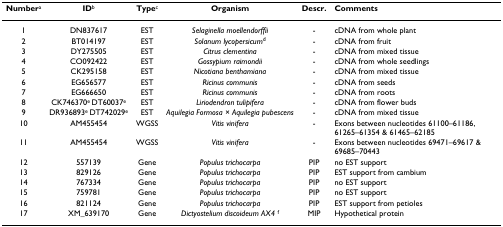
| Numbera | IDb | Typec | Organism | Descr. | Comments |
 | --- | --- | --- | --- | --- | --- |
 | 1 | DN837617 | EST | Selaginella moellendorffii | - | cDNA from whole plant |
 | 2 | BT014197 | EST | Solanum lycopersicumd | - | cDNA from fruit |
 | 3 | DY275505 | EST | Citrus clementina | - | cDNA from mixed tissue |
 | 4 | CO092422 | EST | Gossypium raimondii | - | cDNA from whole seedlings |
 | 5 | CK295158 | EST | Nicotiana benthamiana | - | cDNA from mixed tissue |
 | 6 | EG656577 | EST | Ricinus communis | - | cDNA from seeds |
 | 7 | EG666650 | EST | Ricinus communis | - | cDNA from roots |
 | 8 | CK746370e DT60037e | EST | Liriodendron tulipifera | - | cDNA from flower buds |
 | 9 | DR936893e DT742029e | EST | Aquilegia Formosa × Aquilegia pubescens | - | cDNA from mixed tissue |
 | 10 | AM455454 | WGSS | Vitis vinifera | - | Exons between nucleotides 61100–61186, 61265–61354 & 61465–62185 |
 | 11 | AM455454 | WGSS | Vitis vinifera | - | Exons between nucleotides 69471–69617 & 69685–70443 |
 | 12 | 557139 | Gene | Populus trichocarpa | PIP | no EST support |
 | 13 | 829126 | Gene | Populus trichocarpa | PIP | EST support from cambium |
 | 14 | 767334 | Gene | Populus trichocarpa | PIP | no EST support |
 | 15 | 759781 | Gene | Populus trichocarpa | PIP | no EST support |
 | 16 | 821124 | Gene | Populus trichocarpa | PIP | EST support from petioles |
 | 17 | XM_639170 | Gene | Dictyostelium discoideum AX4 f | MIP | Hypothetical protein |